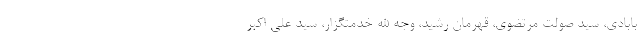
بابادی، سید صولت مرتضوی، قهرمان رشید، وجه الله خدمتگزار، سید علی اکبر